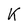
Character: K